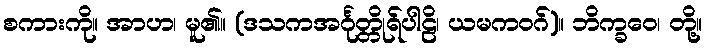
စကားကို။ အာဟ၊ မူ၏။ (ဒသကအင်္ဂုတ္တိုရ်ပါဠိ၊ ယမကဝဂ်)။ ဘိက္ခဝေ၊ တို့။